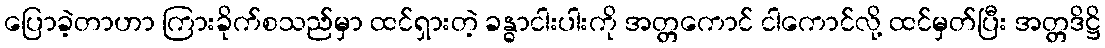
ပြောခဲ့တာဟာ ကြားခိုက်စသည်မှာ ထင်ရှားတဲ့ ခန္ဓာငါးပါးကို အတ္တကောင် ငါကောင်လို့ ထင်မှတ်ပြီး အတ္တဒိဋ္ဌိ